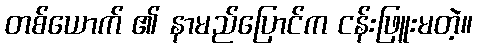
တစ်ယောက် ၏ နာမည်ပြောင်က ငန်းဖြူးမတဲ့။